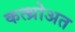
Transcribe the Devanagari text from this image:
कत्थ्रोअत